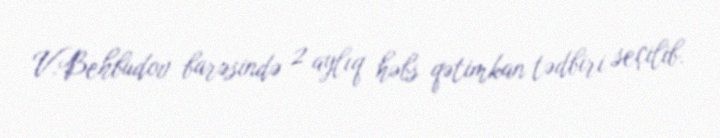
V.Behbudov barəsində 2 aylıq həbs qətimkan tədbiri seçilib.